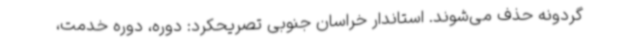
گردونه حذف می‌شوند. استاندار خراسان جنوبی تصریحکرد: دوره، دوره خدمت،